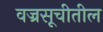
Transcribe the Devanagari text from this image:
वज्रसूचीतील